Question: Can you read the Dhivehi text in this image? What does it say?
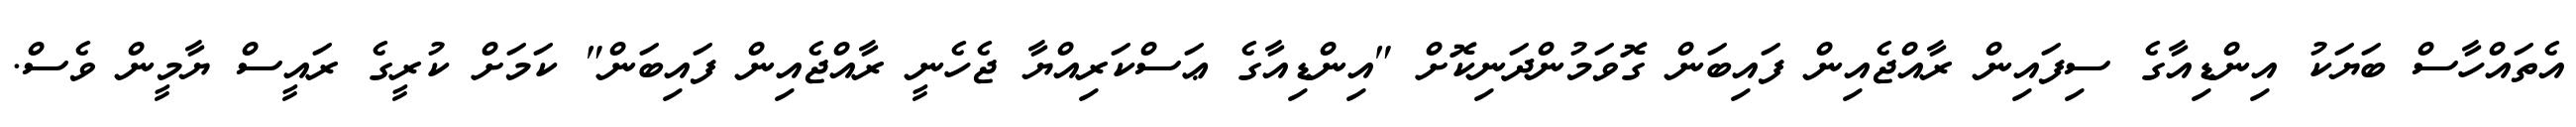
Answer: އެތައްހާސް ބަޔަކު އިންޑިއާގެ ސިފައިން ރާއްޖެއިން ފައިބަން ގޮވަމުންދަނިކޮށް "އިންޑިއާގެ ޢަސްކަރިއްޔާ ޖެހެނީ ރާއްޖެއިން ފައިބަން" ކަމަށް ކުރީގެ ރައީސް ޔާމީން ވެސް.